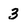
Character: 3